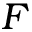
F